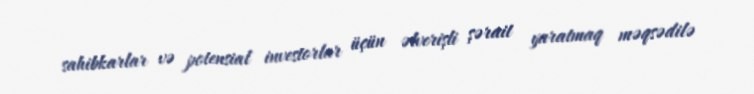
sahibkarlar və potensial investorlar üçün əlverişli şərait yaratmaq məqsədilə